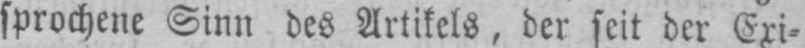
sprochene Sinn des Artikels, der seit der Exi⸗